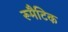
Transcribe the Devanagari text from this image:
रूमैटिक